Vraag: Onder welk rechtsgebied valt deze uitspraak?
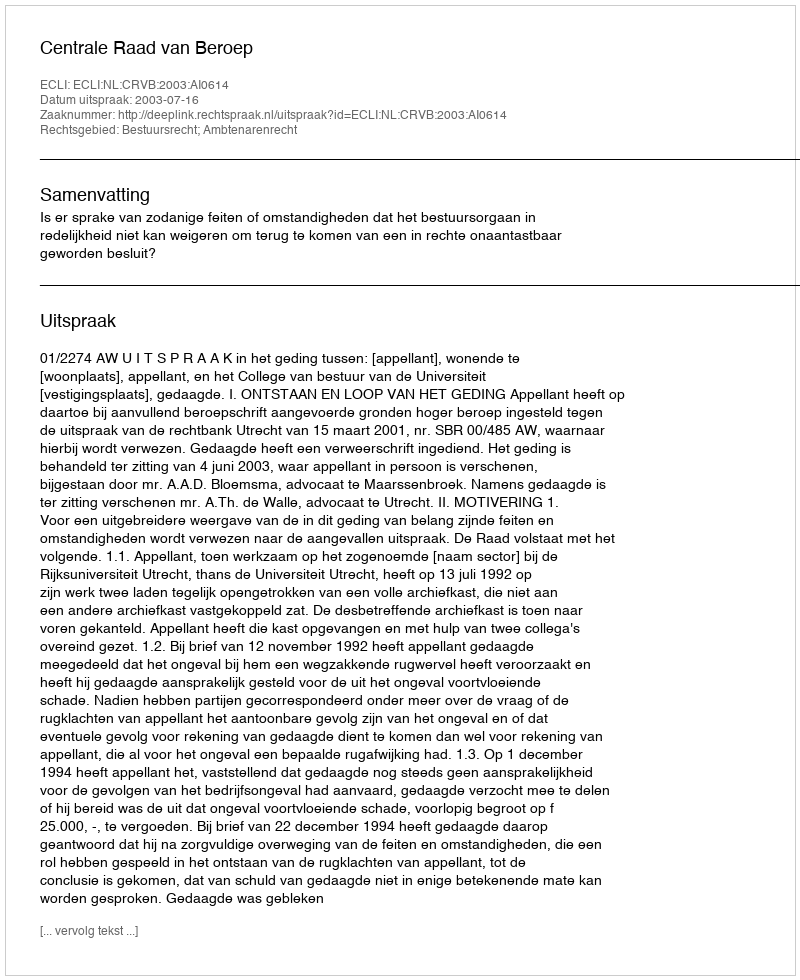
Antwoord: Bestuursrecht; Ambtenarenrecht